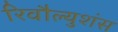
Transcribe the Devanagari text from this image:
रिवौल्युशंस